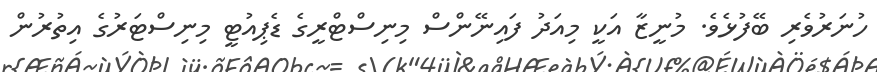
ހުނަރުވެރި ބޭފުޅެވެ. މުނީޒާ އަކީ މިއަދު ފައިނޭންސް މިނިސްޓްރީގެ ޑެޕިއުޓީ މިނިސްޓަރުގެ އިތުރުން